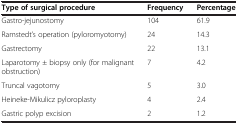
| Type of surgical procedure | Frequency | Percentage |
 | --- | --- | --- |
 | Gastro-jejunostomy | 104 | 61.9 |
 | Ramstedt’s operation (pyloromyotomy) | 24 | 14.3 |
 | Gastrectomy | 22 | 13.1 |
 | Laparotomy ± biopsy only (for malignant obstruction) | 7 | 4.2 |
 | Truncal vagotomy | 5 | 3.0 |
 | Heineke-Mikulicz pyloroplasty | 4 | 2.4 |
 | Gastric polyp excision | 2 | 1.2 |